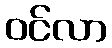
ဝင်လာ